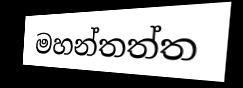
මහන්තත්ත